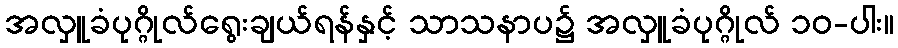
အလှူခံပုဂ္ဂိုလ်ရွေးချယ်ရန်နှင့် သာသနာပ၌ အလှူခံပုဂ္ဂိုလ် ၁၀-ပါး။